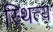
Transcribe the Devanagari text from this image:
स्थित्य